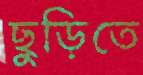
ছুড়িতে